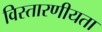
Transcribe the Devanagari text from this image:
विस्तारणीयता